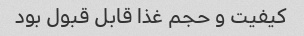
کیفیت و حجم غذا قابل قبول بود